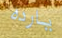
يارده